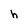
Character: h